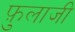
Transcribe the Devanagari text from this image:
फ़ुलाजी